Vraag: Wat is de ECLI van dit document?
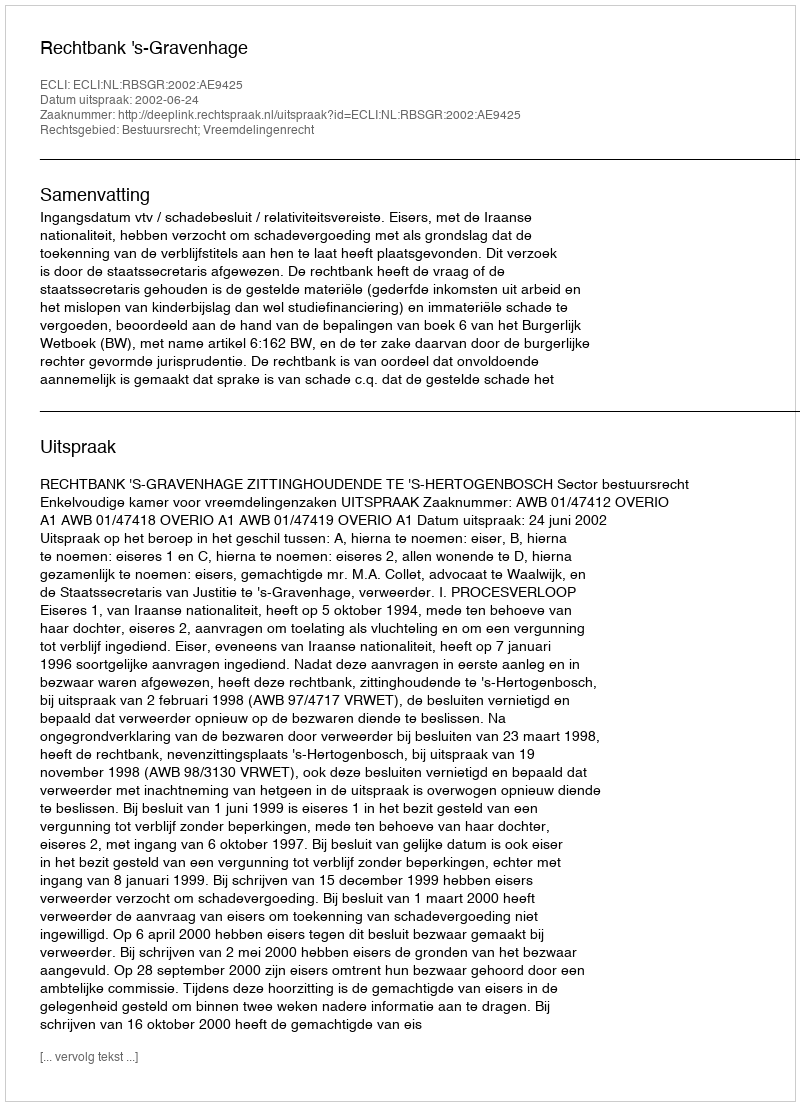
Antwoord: ECLI:NL:RBSGR:2002:AE9425